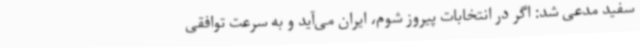
سفید مدعی شد: اگر در انتخابات پیروز شوم، ایران می‌آید و به سرعت توافقی